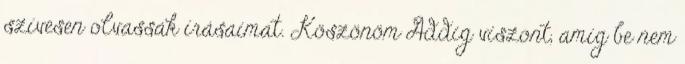
szívesen olvassák írásaimat. Köszönöm Addig viszont, amíg be nem